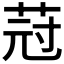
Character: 𦯿